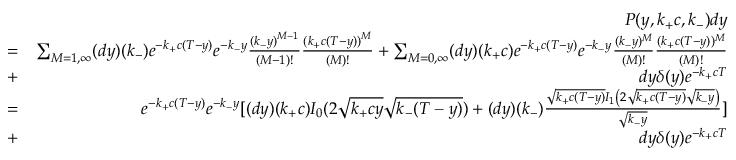
\begin{array} { r l r } & { } & { P ( y , k _ { + } c , k _ { - } ) d y } \\ & { = } & { \sum _ { M = 1 , \infty } ( d y ) ( k _ { - } ) e ^ { - k _ { + } c ( T - y ) } e ^ { - k _ { - } y } \frac { { ( k _ { - } y ) } ^ { M - 1 } } { ( M - 1 ) ! } \frac { { ( k _ { + } c ( T - y ) ) } ^ { M } } { ( M ) ! } + \sum _ { M = 0 , \infty } ( d y ) ( k _ { + } c ) e ^ { - k _ { + } c ( T - y ) } e ^ { - k _ { - } y } \frac { ( k _ { - } y ) ^ { M } } { ( M ) ! } \frac { ( k _ { + } c ( T - y ) ) ^ { M } } { ( M ) ! } } \\ & { + } & { d y \delta ( y ) e ^ { - k _ { + } c T } } \\ & { = } & { e ^ { - k _ { + } c ( T - y ) } e ^ { - k _ { - } y } [ ( d y ) ( k _ { + } c ) I _ { 0 } ( 2 \sqrt { k _ { + } c y } \sqrt { k _ { - } ( T - y ) } ) + ( d y ) ( k _ { - } ) \frac { \sqrt { k _ { + } c ( T - y ) } I _ { 1 } \left( 2 \sqrt { k _ { + } c ( T - y ) } \sqrt { k _ { - } y } \right) } { \sqrt { k _ { - } y } } ] } \\ & { + } & { d y \delta ( y ) e ^ { - k _ { + } c T } } \end{array}